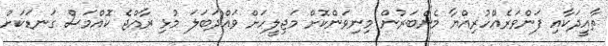
ތާއީދަކާއި ފަންވަރެއްހުރިއްޔާ މެންބަރުން މިނިވަންކޮށް މަޖިލީހަށް ވައްދަބަލަ މުޅި ރާއްޖެ ކޮއްމަސް ގަނޑަކަށް